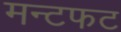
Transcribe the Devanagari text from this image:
मन्टफट